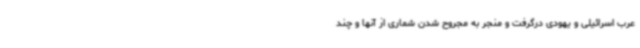
عرب اسرائیلی و یهودی درگرفت و منجر به مجروح شدن شماری از آنها و چند